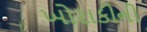
ખોરાકીની